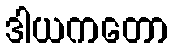
ဒါယကတော